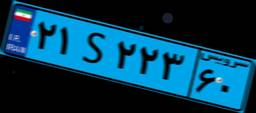
۲۱S۲۲۳۶۰